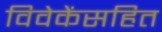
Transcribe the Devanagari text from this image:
विवेकेंसहित